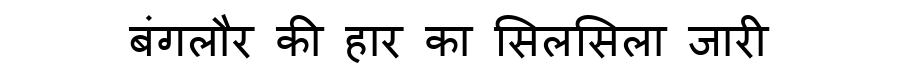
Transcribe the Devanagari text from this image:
बंगलौर की हार का सिलसिला जारी